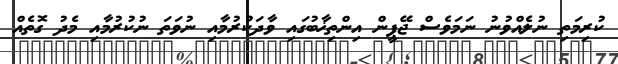
ކުރިމަތި ނުލެއްވުނު ނަމަވެސް ޖޭޕީން އިންތިޚާބުގައި ވާދަކުރުމާއި ނުވަތަ ނުކުރުމާއި މެދު ގޮތެއް